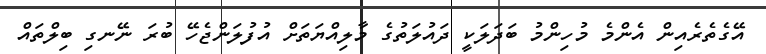
އޭގެތެރެއިން އެންމެ މުހިންމު ބަދަލަކީ ދައުލަތުގެ މާލިއްޔަތަށް އުފުލަންޖެހޭ ބުރަ ނޭނގި ބިލްތައް